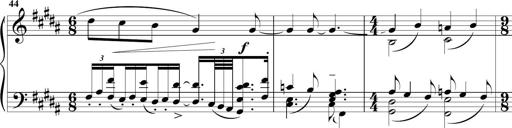
Title: Sonatine MÃ©lancolique
Composer: Julian Raoul Besset